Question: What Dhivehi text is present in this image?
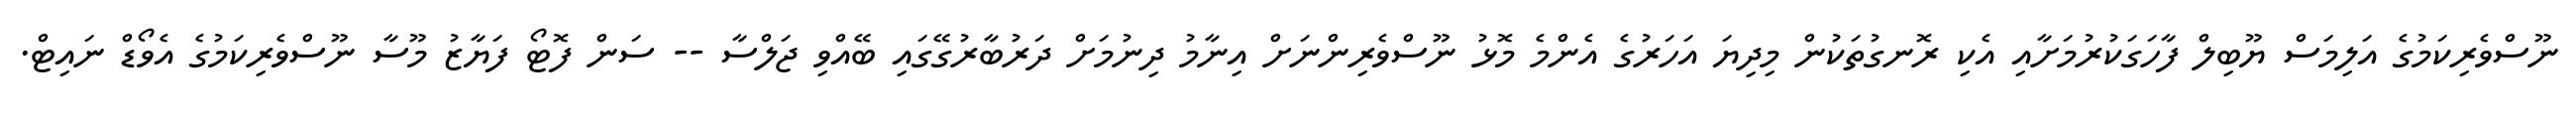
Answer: ނޫސްވެރިކަމުގެ އަލިމަސް ޔޫބިލް ފާހަގަކުރުމަށާއި އެކި ރޮނގުތަކުން މިދިޔަ އަހަރުގެ އެންމެ މޮޅު ނޫސްވެރިންނަށް އިނާމު ދިނުމަށް ދަރުބާރުގޭގައި ބޭއްވި ޖަލްސާ -- ސަން ފޮޓޯ ފަޔާޒު މޫސާ ނޫސްވެރިކަމުގެ އެވޯޑް ނައިޓް.